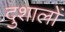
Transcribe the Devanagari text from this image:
दुशालों